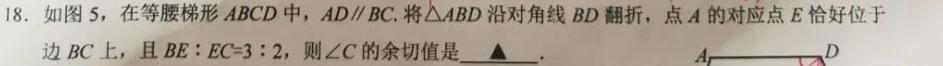
18. 如图 5，在等腰梯形 \(ABCD\) 中，\(AD\parallel BC\)。将\(\triangle ABD\)沿对角线 \(BD\) 翻折，点 \(A\) 的对应点 \(E\) 恰好位于边 \(BC\) 上，且 \(BE:EC = 3:2\)，则\(\angle C\)的余切值是 \(\underline{\quad\quad}\)。